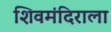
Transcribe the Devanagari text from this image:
शिवमंदिराला